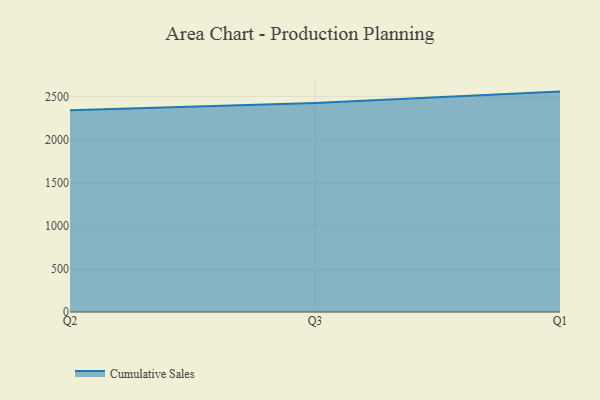
{"axis": {"x": "Quarter", "y": "Tickets Resolved"}, "legend": ["Cumulative Sales"], "data": [{"x": "Q2", "y": 2339.8, "type": "Cumulative Sales"}, {"x": "Q3", "y": 2424.1, "type": "Cumulative Sales"}, {"x": "Q1", "y": 2555.8, "type": "Cumulative Sales"}]}